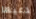
دعيها